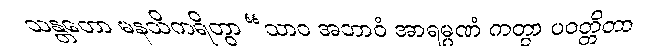
သန္တတော မနသိကရိတွာ “သာဝ အဘာဝံ အာရမ္မဏံ ကတွာ ပဝတ္တိတာ